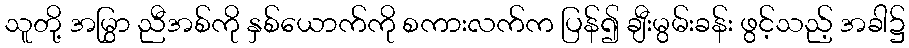
သူတို့ အမြွှာ ညီအစ်ကို နှစ်ယောက်ကို စကားလက်က ပြန်၍ ချီးမွမ်းခန်း ဖွင့်သည့် အခါ၌